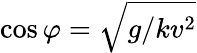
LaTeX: \cos\varphi=\sqrt{g/kv^{2}}